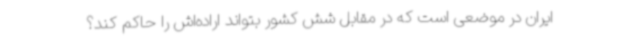
ایران در موضعی است که در مقابل شش کشور بتواند اراده‌اش را حاکم کند؟